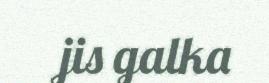
jis galka